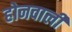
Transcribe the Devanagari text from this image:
होनवाली